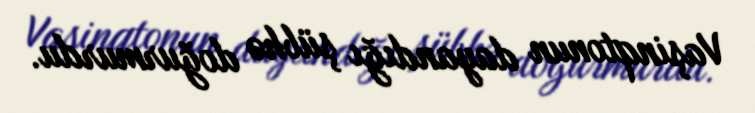
Vaşinqtonun dayandığı şübhə doğurmurdu.